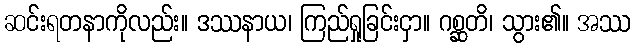
ဆင်းရတနာကိုလည်း။ ဒဿနာယ၊ ကြည်ရှုခြင်းငှာ။ ဂစ္ဆတိ၊ သွား၏။ အဿ